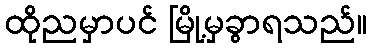
ထိုညမှာပင် မြို့မှခွာရသည်။